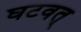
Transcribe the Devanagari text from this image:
घटवत्